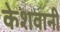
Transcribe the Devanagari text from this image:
केशवानी